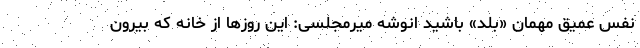
نفس عمیق مهمان «بلد» باشید انوشه میرمجلسی: این روزها از خانه که بیرون